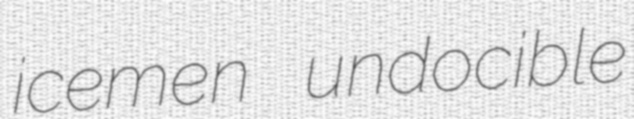
icemen undocible